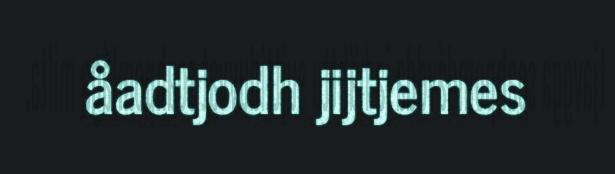
åadtjodh jijtjemes